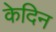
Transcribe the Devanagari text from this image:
केदिन